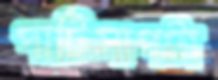
পাটিসাপটা